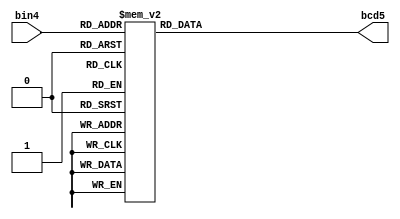
`timescale 1ns / 1ps
//////////////////////////////////////////////////////////////////////////////////
// Company: 
// Engineer: 
// 
// Design Name: 
// Module Name: bin_bcd4
// Project Name: 
// Target Devices: 
// Tool Versions: 
// Description: 
// 
// Dependencies: 
// 
// Revision:
// Revision 0.01 - File Created
// Additional Comments:
// 
//////////////////////////////////////////////////////////////////////////////////


module bin_bcd4
   (
        input [3:0] bin4,
		output  reg [4:0]  bcd5 
     );
       always @* 
         begin 
          case (bin4)
              4'h0: bcd5 = 5'b00000;
              4'h1: bcd5 = 5'b00001;
              4'h2: bcd5 = 5'b00010;            
  4'h3: bcd5 = 5'b00011;
              4'h4: bcd5 = 5'b00100;             
 4'h5: bcd5 = 5'b00101;
              4'h6: bcd5 = 5'b00110;         
    4'h7: bcd5 = 5'b00111;
              4'h8 : bcd5 = 5'b01000;          
 4'h9: bcd5 = 5'b01001;
              4'ha: bcd5 = 5'b10000;          
    4'hb: bcd5 = 5'b10001;
              4'hc: bcd5 = 5'b10010;        
      4'hd: bcd5 = 5'b10011;
           4'he: bcd5 = 5'b10100;
              4'hf: bcd5 = 5'b10101;
   endcase
      end
  endmodule